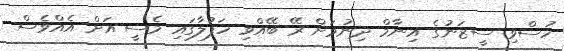
ހުސްވި ސީޒަނުގެ އިނާމް ދިނުމަށް ރޭ ބޭއްވި ހަފުލާގައި މެސީ އަށް އެއްވެސް